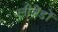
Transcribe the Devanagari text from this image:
लीजेंडों